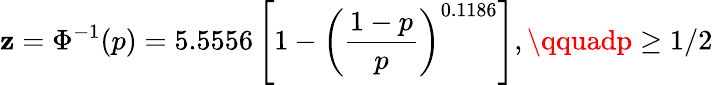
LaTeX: \mathbf{z}=\Phi^{-1}(p)=5.5556\left[1-\left({\frac{{1-p}}{{p}}}\right)^{0.1186}\right],\qquadp\geq1/2